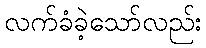
လက်ခံခဲ့သော်လည်း